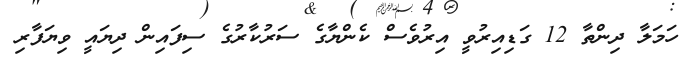
ހަމަލާ ދިންތާ 12 ގަޑިއިރުވީ އިރުވެސް ކެންޔާގެ ސަރުކާރުގެ ސިފައިން ދިޔައީ ވިޔަފާރި